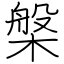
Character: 槃